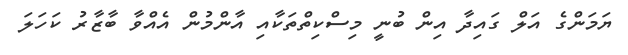
ޔަމަންގެ އަލް ގައިދާ އިން ބުނީ މިސްކިތްތަކާއި އާންމުން އެއްވާ ބާޒާރު ކަހަލަ